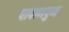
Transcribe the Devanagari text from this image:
पाषाणपुष्प